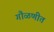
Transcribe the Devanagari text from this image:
गौळणीत